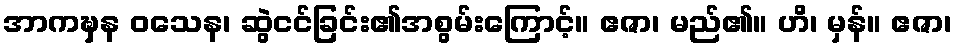
အာကဍ္ဎှန ဝသေန၊ ဆွဲငင်ခြင်း၏အစွမ်းကြောင့်။ ဧဇာ၊ မည်၏။ ဟိ၊ မှန်။ ဧဇာ၊